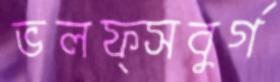
ভলফ্সবুর্গ